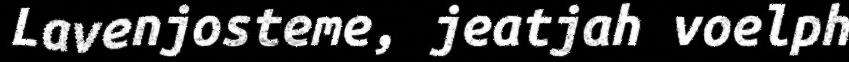
Lavenjosteme, jeatjah voelph